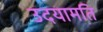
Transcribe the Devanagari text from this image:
उदयामति